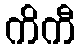
ကိကီ